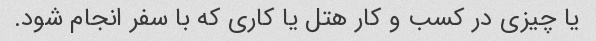
یا چیزی در کسب و کار هتل یا کاری که با سفر انجام شود.